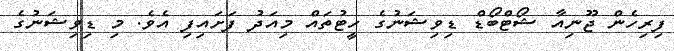
ފިރިހެން ޖޫނިއާ ޝޯޓްބޯޑް ޑިވިޝަނުގެ ހީޓުތައް މިއަދު ފަށައިފި އެވެ. މި ޑިވިޝަނުގެ